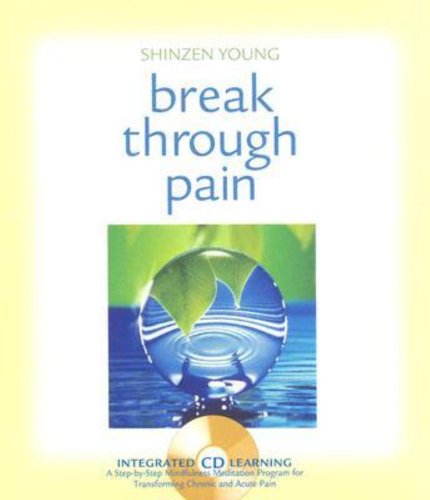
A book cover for Break Through Pain: A Step-by-Step Mindfulness Meditation Program for Transforming Chronic and Acute Pain; Shinzen Young; Self-Help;